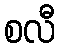
စလီ